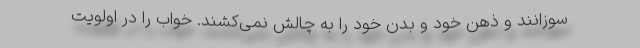
‌سوزانند و ذهن خود و بدن خود را به چالش نمی‌کشند. خواب را در اولویت